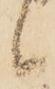
候